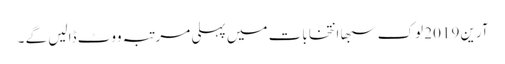
آرین 2019 لوک سبھا انتخابات میں پہلی مرتبہ ووٹ ڈالیں گے ۔